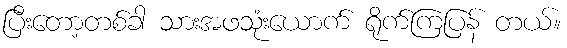
ပြီးတော့တစ်ခါ သားအဖသုံးယောက် ရိုက်ကြပြန် တယ်။